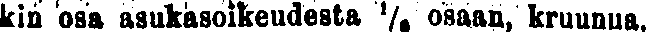
kin osa asukasoikeudesta ⅟# osaan, kruunua,